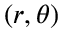
( r , \theta )